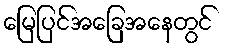
မြေပြင်အခြေအနေတွင်